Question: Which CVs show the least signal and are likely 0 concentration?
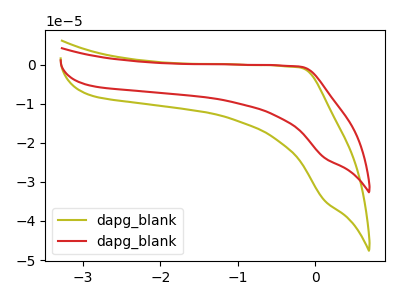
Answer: <think>The olive curve "dapg_blank1" has no peaks. The red curve "dapg_blank2" has no peaks.</think>
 <answer>"dapg_blank1" and "dapg_blank2" are likely to be blanks.</answer>
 <eval>"dapg_blank1", "dapg_blank2"</eval>